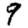
Digit: 9